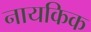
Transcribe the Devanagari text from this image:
नायकिक